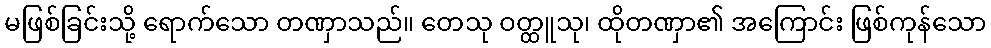
မဖြစ်ခြင်းသို့ ရောက်သော တဏှာသည်။ တေသု ဝတ္ထူသု၊ ထိုတဏှာ၏ အကြောင်း ဖြစ်ကုန်သော